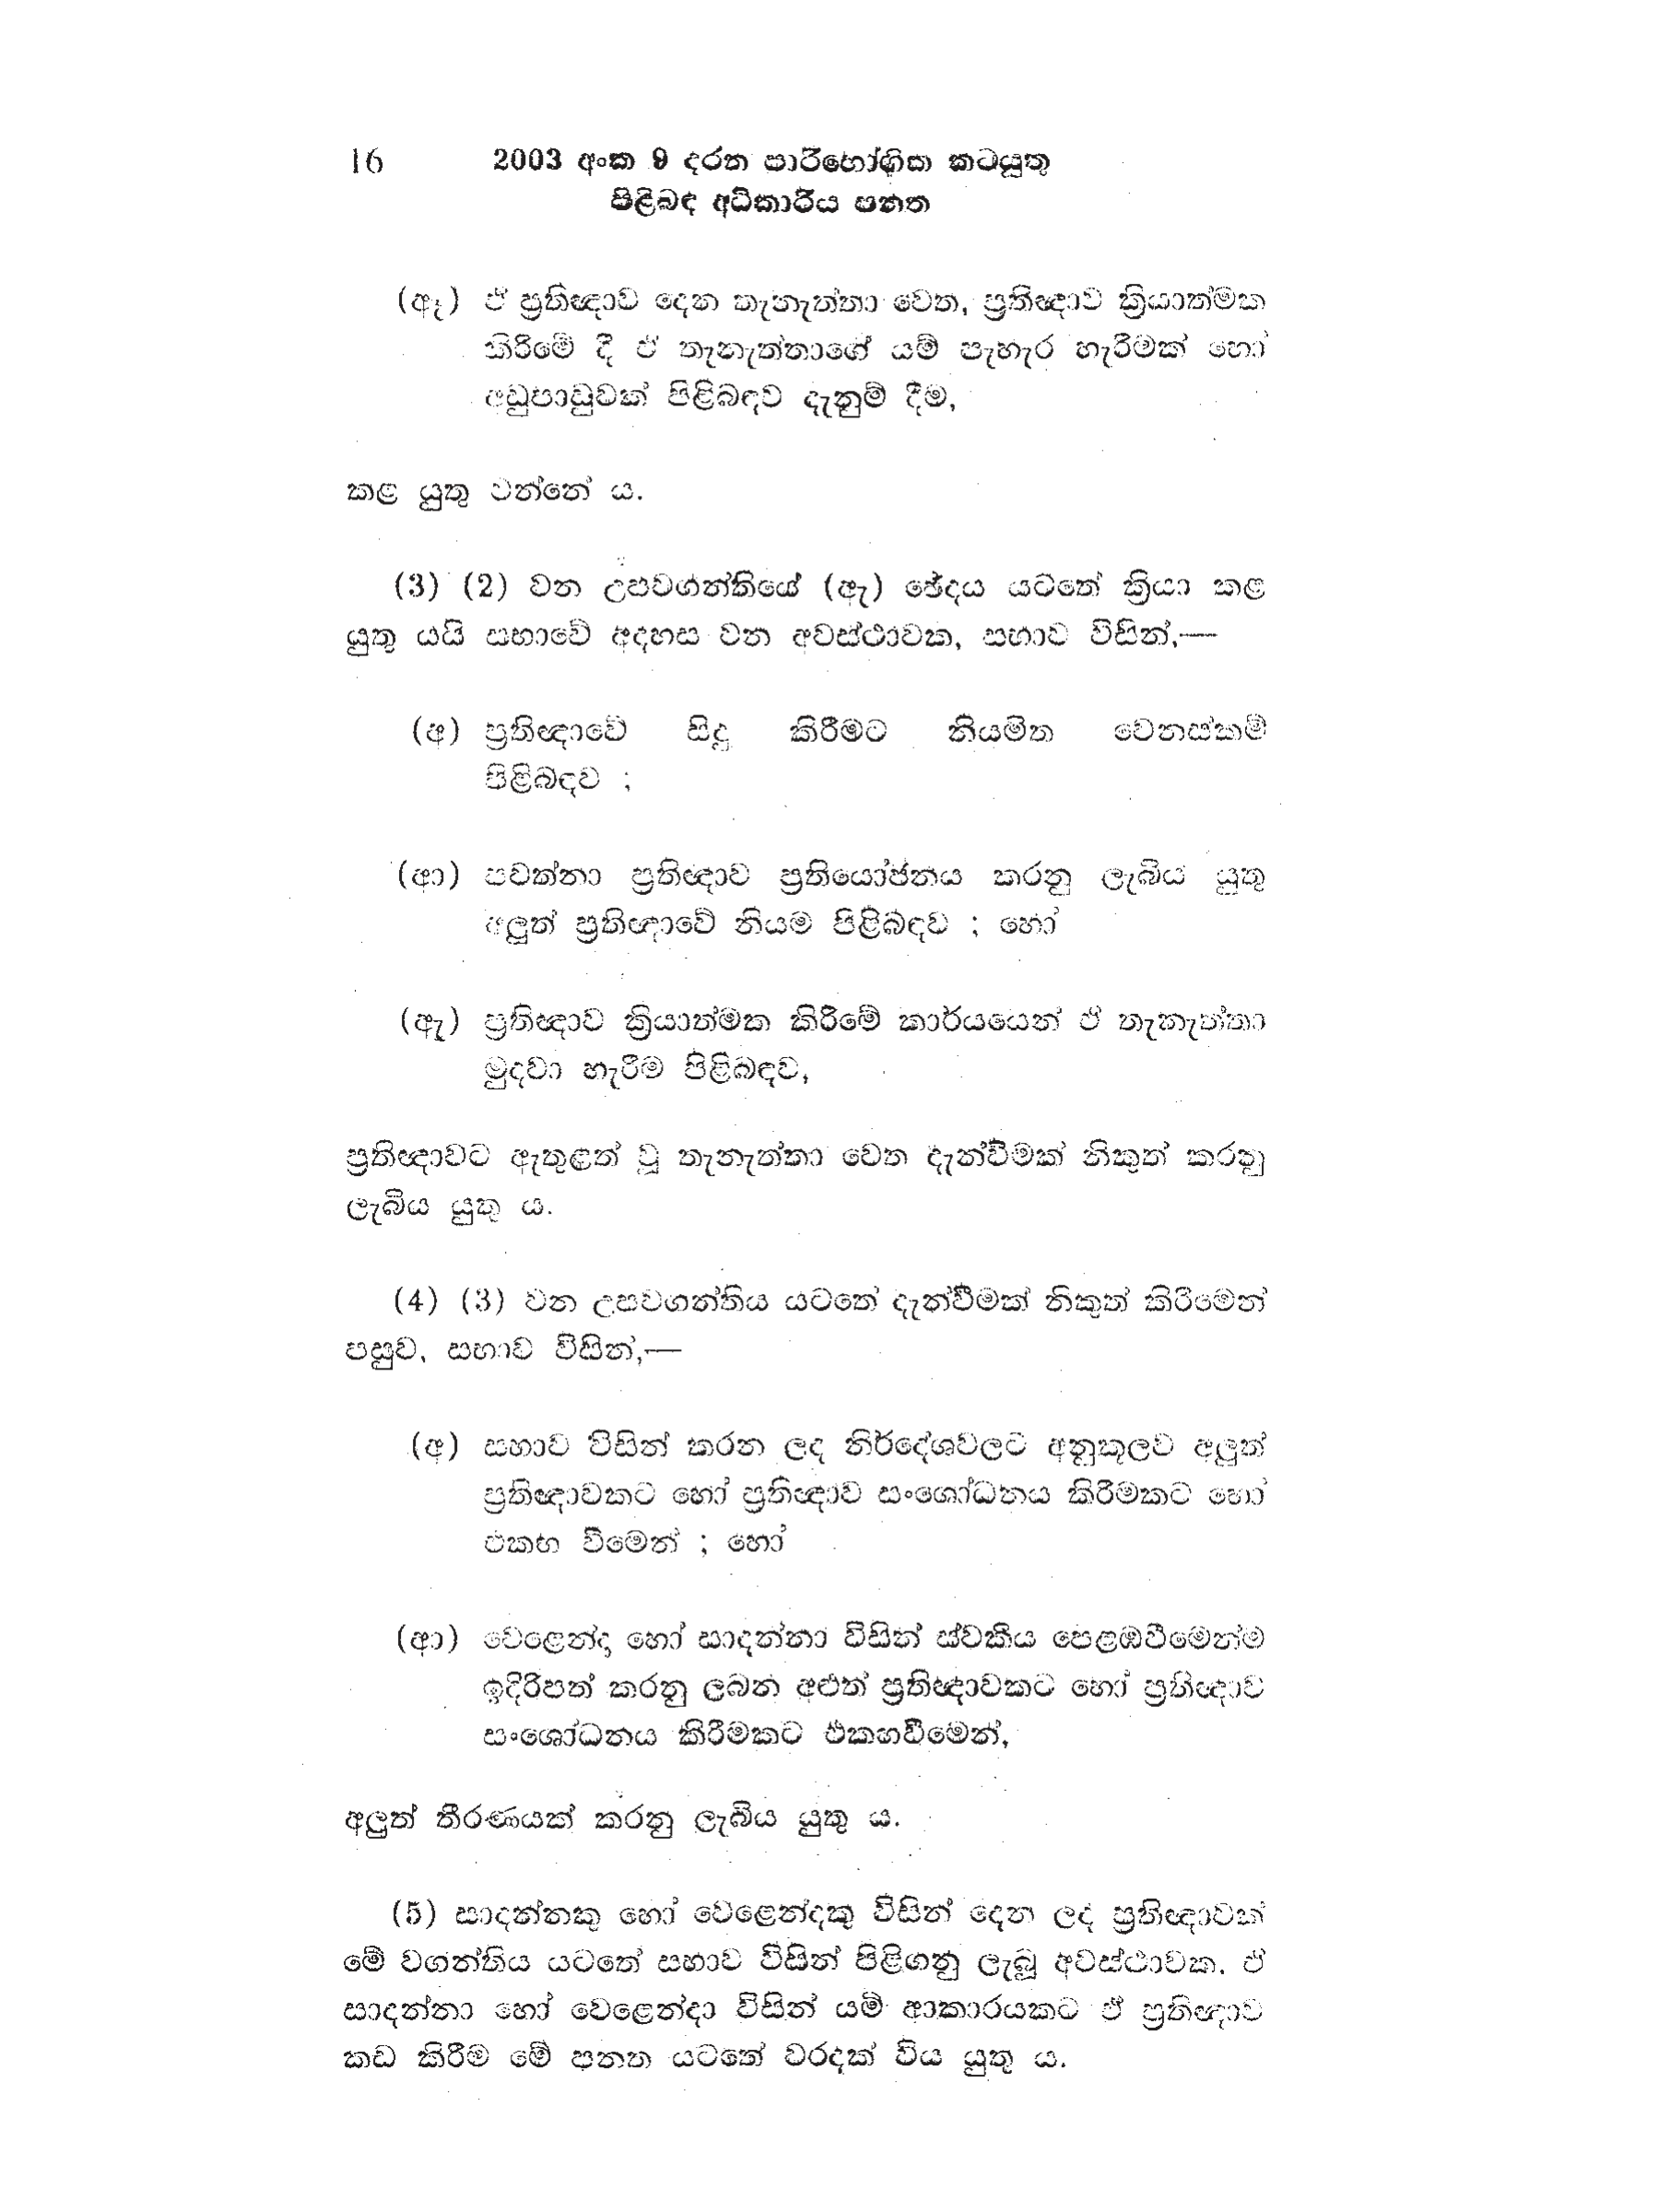
16 2003 අංක 9 දරන පාරිභෝගික කටයුතු
පිළිබඳ අධිකාරිය පනත

(ඈ) ඒ ප්‍රතිඥාව දෙන තැනැත්තා වෙත, ප්‍රතිඥාව ක්‍රියාත්මක
කිරීමේ දී ඒ තැනැත්තාගේ යම් පැහැර හැරීමක් හෝ
අඩුපාඩුවක් පිළිබඳව දැනුම් දීම,

කළ යුතු වන්නේ ය.

(3) (2) වන උපවගන්තියේ (ඇ) ඡේදය යටතේ ක්‍රියා කළ
යුතු යයි සභාවේ අදහස වන අවස්ථාවක, සභාව විසින්,-

(අ) ප්‍රතිඥාවේ සිදු කිරීමට නියමිත වෙනස්කම්
පිළිබඳව ;

(ආ) පවත්නා ප්‍රතිඥාව ප්‍රතියෝජනය කරනු ලැබීය යුතු
අලුත් ප්‍රතිඥාවේ නියම පිළිබඳව ; හෝ

(ඇ) ප්‍රතිඥාව ක්‍රියාත්මක කිරීමේ කාර්යයෙන් ඒ තැනැත්තා
මුදවා හැරීම පිළිබඳව,

ප්‍රතිඥාවට ඇතුළත් වූ තැනැත්තා වෙත දැන්වීමක් නිකුත් කරනු
ලැබිය යුතු ය.

(4) (3) වන උපවගන්තිය යටතේ දැන්වීමක් නිකුත් කිරීමෙන්
පසුව, සභාව විසින්-

(අ) සභාව විසින් කරන ලද නිර්දේශවලට අනුකූලව අලුත්
ප්‍රතිඥාවකට හෝ ප්‍රතිඥාව සංශෝධනය කිරීමකට නො
එකඟ වීමෙන් ; හෝ

(ආ) වෙළෙන්දා හෝ සාදන්නා විසින් ස්වකීය පෙළඹවීමෙන්ම
ඉදිරිපත් කරනු ලබන අළුත් ප්‍රතිඥාවකට හෝ ප්‍රතිඥාව
සංශෝධනය කිරීමකට එකඟවීමෙන්,

අලුත් තීරණයක් කරනු ලැබිය යුතු ය.

(5) සාදන්නකු හෝ වෙළෙන්දකු විසින් දෙන ලද ප්‍රතිඥාවක්
මේ වගන්තිය යටතේ සභාව විසින් පිළිගනු ලැබූ අවස්ථාවක. ඒ
සාදන්නා හෝ වෙළෙන්දා විසින් යම් ආකාරයකට ඵ් ප්‍රතිඥාව
කඩ කිරීම මේ පනත යටතේ වරදක් විය යුතුය.